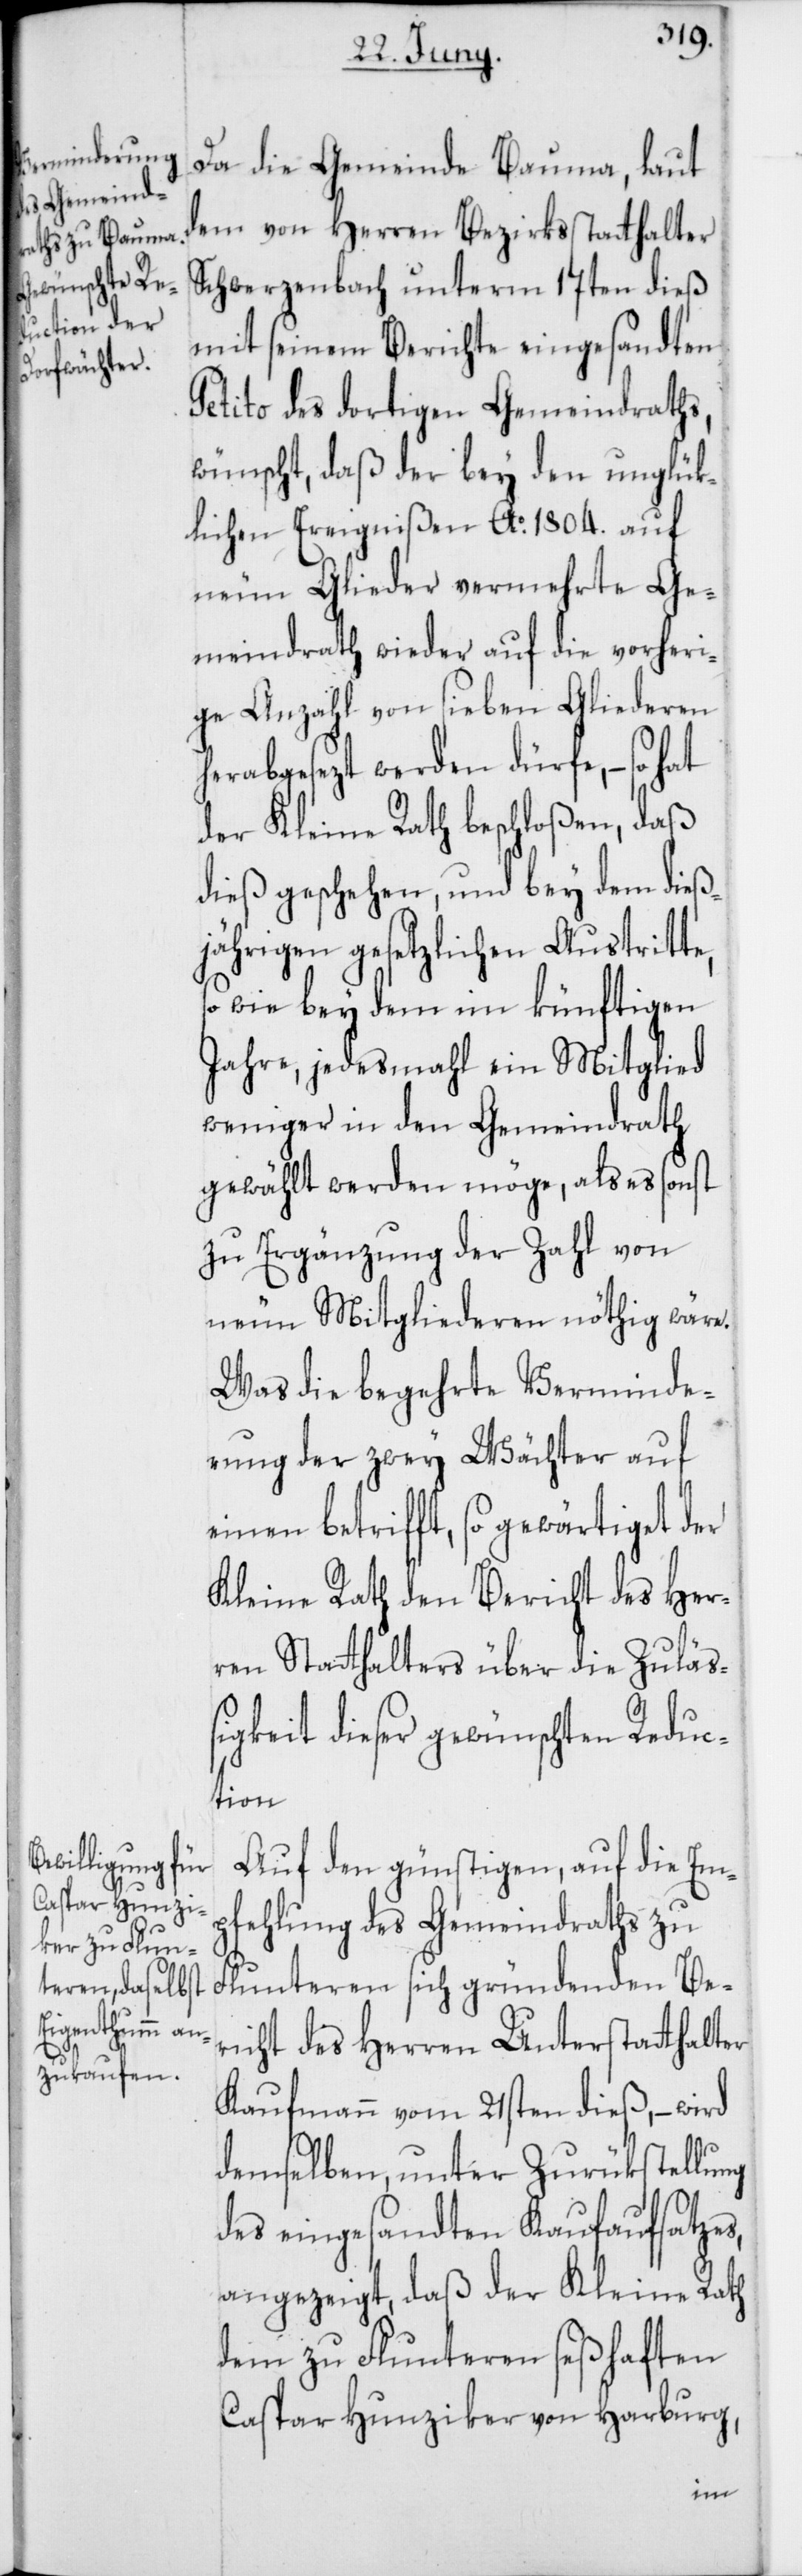
Da die Gemeinde Bauma, laut
dem von Herren Bezirksstatthalter
Schwerzenbach unterm 17ten dieß
mit seinem Berichte eingesandten
Petito des dortigen Gemeindraths,
wünscht, daß der bey den unglük¬
lichen Ereignißen Ao 1804. auf
neun Glieder vermehrte Ge¬
meindrath wieder auf die vorheri¬
ge Anzahl von sieben Gliederen
herabgesezt werden dürfe, – so
der Kleine Rath beschloßen, daß
dieß geschehen, und bey dem dieß¬
jährigen gesetzlichen Austritte,
so wie bey dem im künftigen
Jahre, jedes Mahl ein Mitglied
weniger in den Gemeindrath
gewählt werden möge, als es sonst
zu Ergänzung der Zahl von
neun Mitgliederen nöthig wäre.
Was die begehrte Verminde¬
rung der zwey Wächter auf
einen betrifft, so gewärtiget der
Kleine Rath den Bericht des Her¬
ren Stathalters über die Zuläß¬
igkeit dieser gewünschten Reduc¬
tion.
Auf den günstigen, auf die Em¬
pfehlung des Gemeindraths zu
Fluntern sich gründenden Be¬
richt des Herren Unterstatthalter
Kaufmann vom 21sten dieß, – wird
demselben, unter Zurükstellung
des eingesandten Kaufaufsatzes,
angezeigt, daß der Kleine Rath
dem zu Flunteren seßhaften
Caspar Hunziker von Harburg,